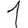
Digit: 1